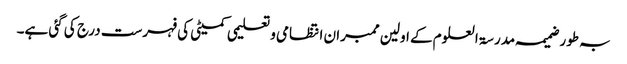
بہ طور ضمیمہ مدرسۃ العلوم کے اولین ممبران انتظامی و تعلیمی کمیٹی کی فہرست درج کی گئی ہے۔